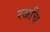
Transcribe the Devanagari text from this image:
रजचि